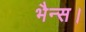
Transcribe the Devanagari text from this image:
भैन्स।